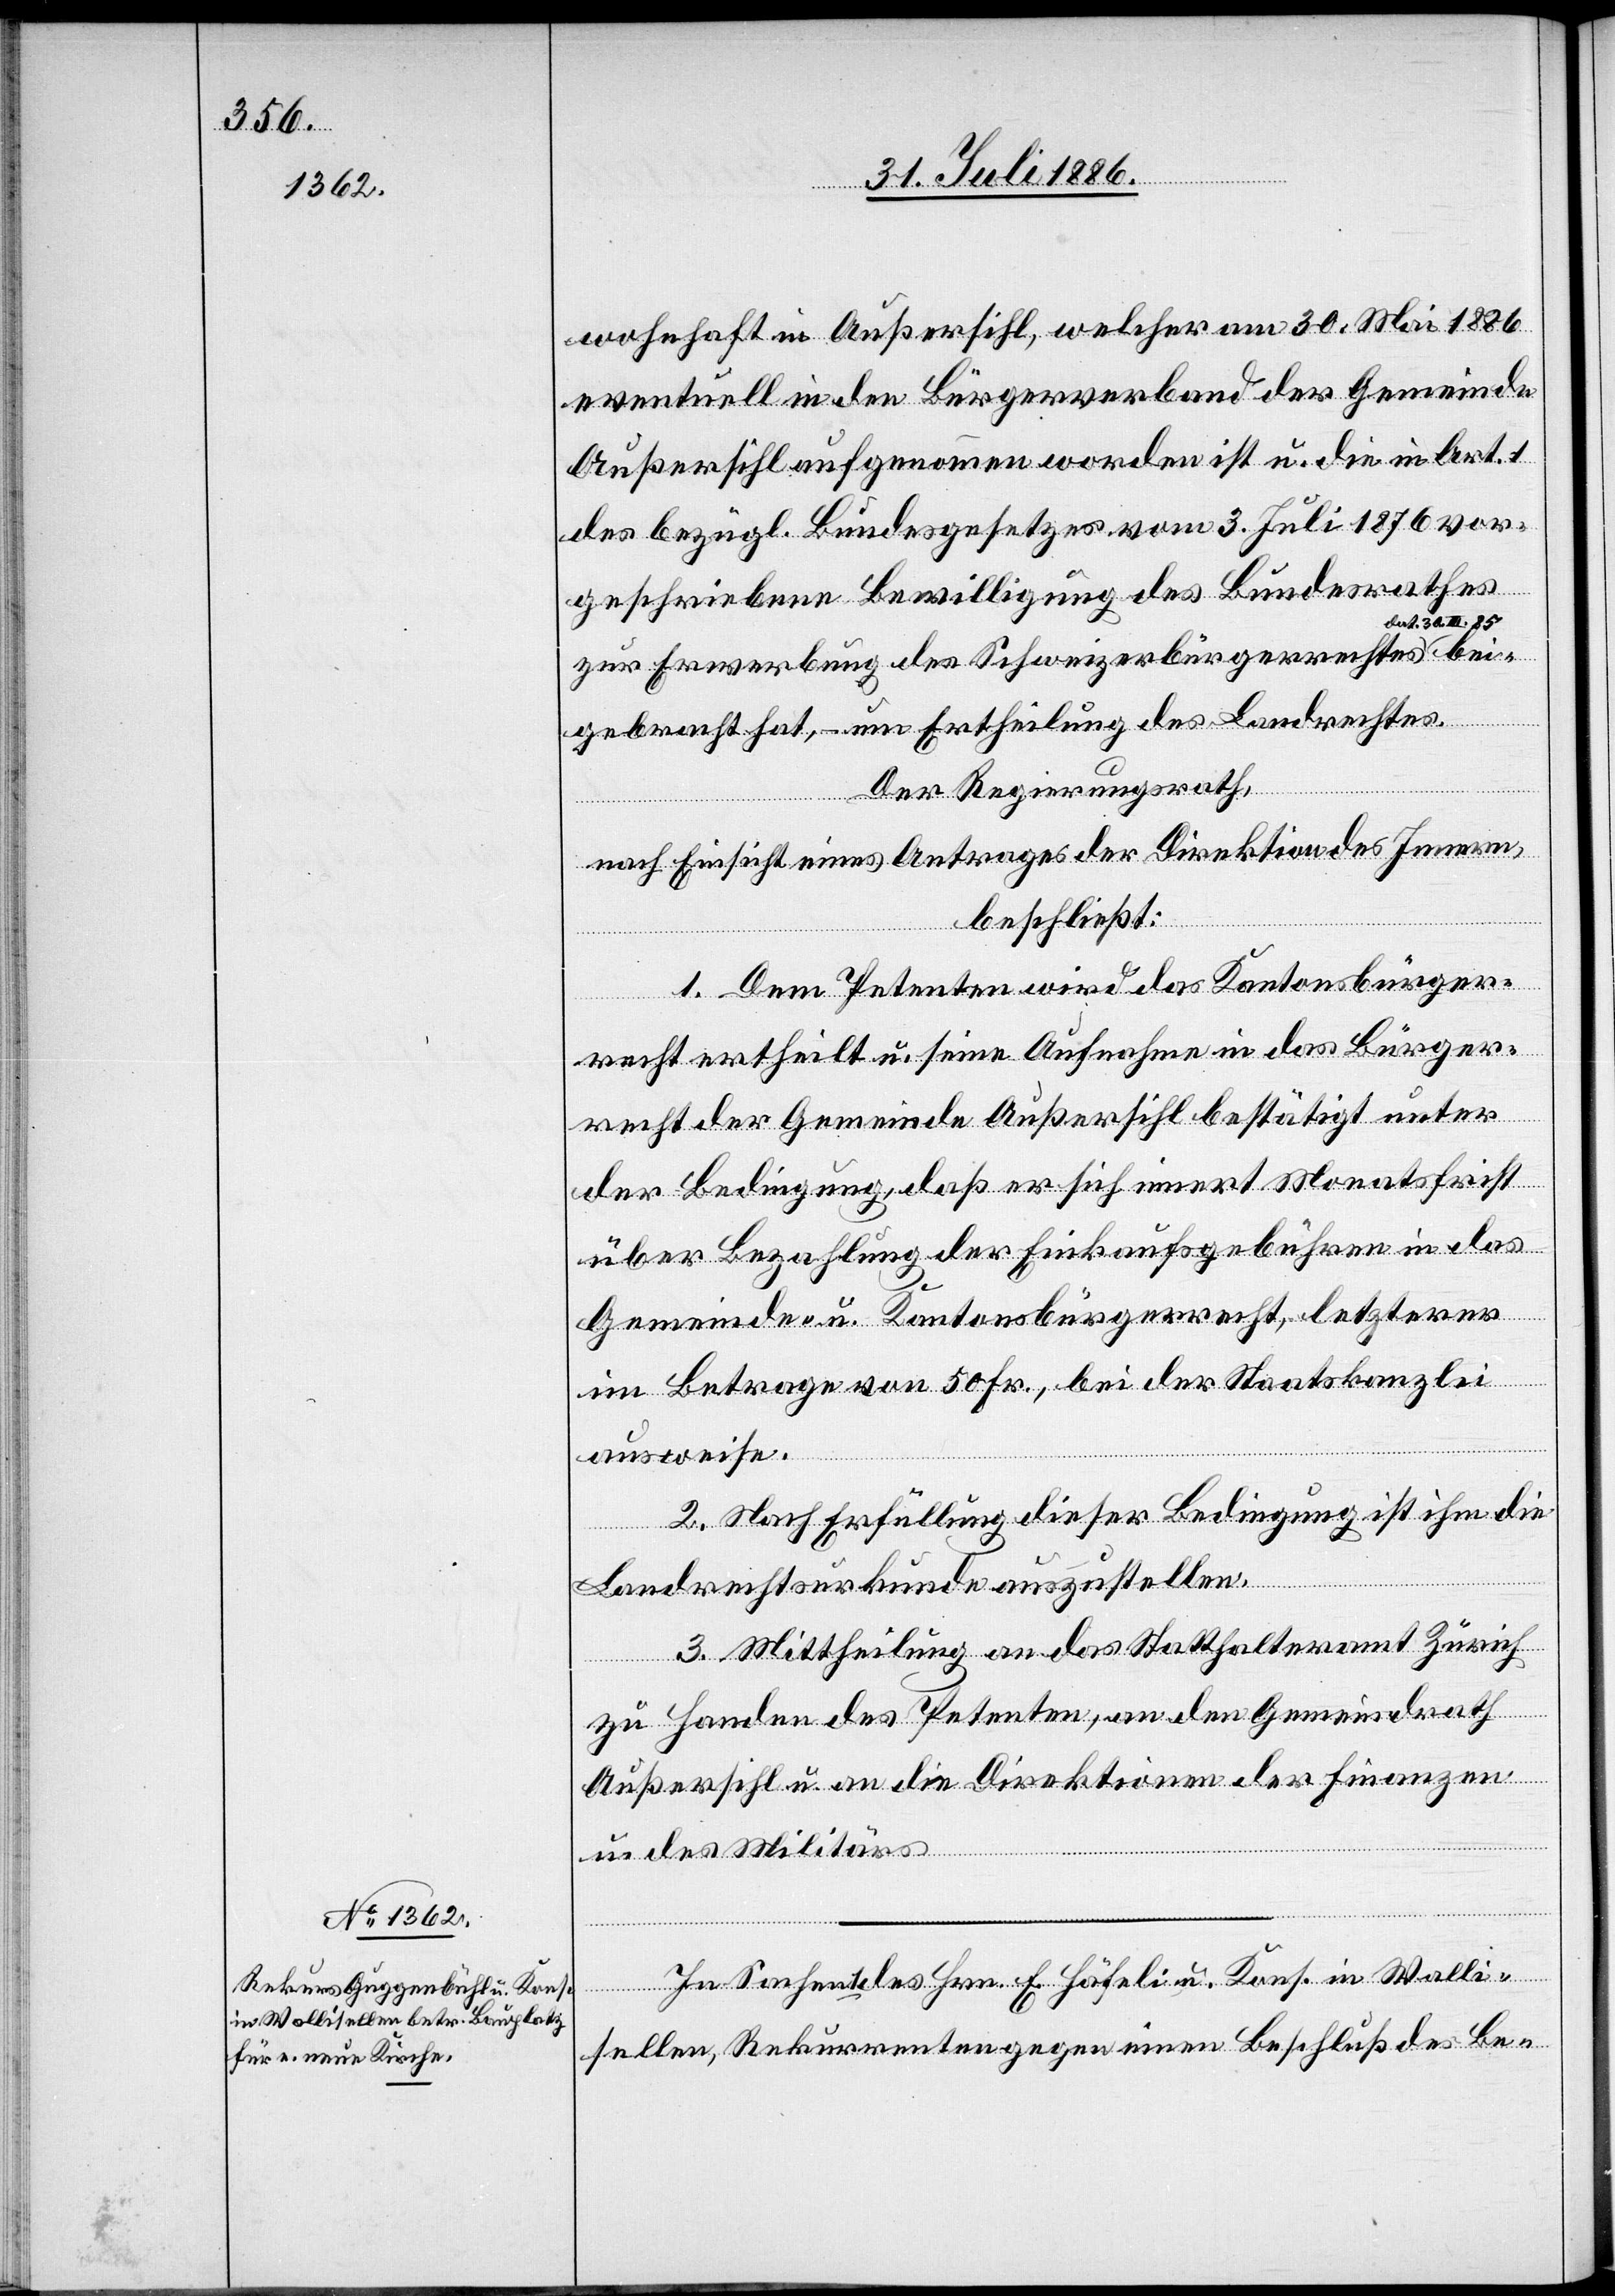
wohnhaft in Außersihl, welcher am 30. Mai 1886
eventuell in den Bürgerverband der Gemeinde
Außersihl aufgenommen worden ist u. die in Art. 1
des bezügl. Bundesgesetzes vom 3. Juli 1876 vor¬
geschriebene Bewilligung des Bundesrathes
at. 30. III. 85
zur Erwerbung des Schweizerbürgerrechtes d¬
gebracht hat, – um Ertheilung des Landrechtes.
Der Regierungsrath,
des Hrn.
nach Einsicht eines Antrages der Direktion des Innern,
beschließt:
Walli¬
1. Dem Petenten wird das Kantonsbürger¬
bei¬
recht ertheilt u. seine Aufnahme in das Bürger¬
recht der Gemeinde Außersihl bestätigt unter
der Bedingung, daß er sich innert Monatsfrist
über Bezahlung der Einkaufsgebühren in das
Gemeinde- u. Kantonsbürgerrecht, letzterer
im Betrage von 50 Fr., bei der Staatskanzlei
ausweise.
2. Nach Erfüllung dieser Bedingung ist ihm die
Landrechtsurkunde auszustellen.
3. Mittheilung an das Statthalteramt Zürich
zu Handen des Petenten, an den Gemeindrath
Außersihl u. an die Direktion der Finanzen
u.
des Militärs.
In
sellen, Rekurrenten gegen einen Beschluß des Be-